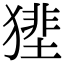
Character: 𤡝